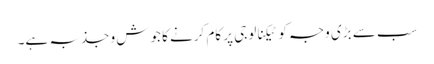
سب سے بڑی وجہ کو ٹیکنالوجی پر کام کرنے کا جوش و جذبہ ہے۔